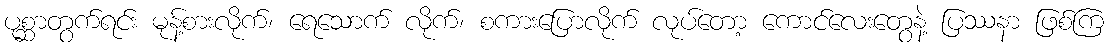
ပုစ္ဆာတွက်ရင်း မုန့်စားလိုက်၊ ရေသောက် လိုက်၊ စကားပြောလိုက် လုပ်တော့ ကောင်လေးတွေနဲ့ ပြဿနာ ဖြစ်ကြ